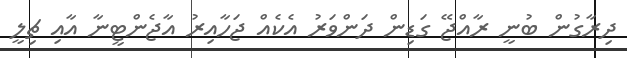
ދިރާގުން ބުނީ ރާއްޖޭ ގަޑިން ދަންވަރު އެކެއް ޖަހާއިރު އާޖެންޓީނާ އާއި ޗިލީ